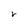
Character: r